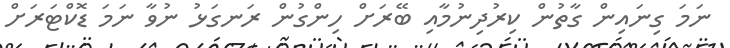
ނަމަ ގިނައިން ގާތުން ކިރުދިނުމާއި ބޭރަށް ހިންގުން ރަނގަޅު ނުވާ ނަމަ ޑޮކްޓަރަށް